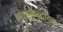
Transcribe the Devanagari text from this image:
नोवोकैस्ट्रीयन